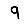
Digit: 9